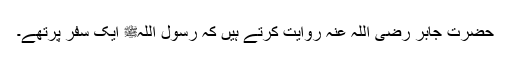
حضرت جابر رضی اللہ عنہ روایت کرتے ہیں کہ رسول اللہﷺ ایک سفر پرتھے۔